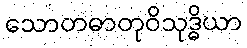
သောတဓာတုဝိသုဒ္ဓိယာ